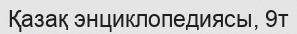
Қазақ энциклопедиясы, 9т